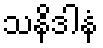
သနိဒါနံ